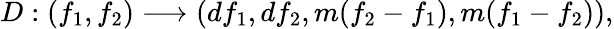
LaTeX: D:(f_{1},f_{2})\longrightarrow(df_{1},df_{2},m(f_{2}-f_{1}),m(f_{1}-f_{2})),